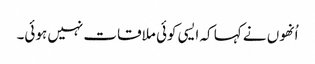
اُنھوں نے کہا کہ ایسی کوئی ملاقات نہیں ہوئی۔